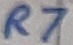
Text: R7